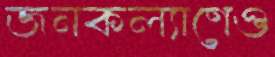
জনকল্যাণেও